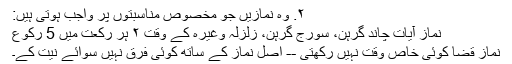
۲. وہ نمازیں جو مخصوص مناسبتوں پر واجب ہوتی ہیں:
نماز آیات چاند گرہن، سورج گرہن، زلزلہ وغیرہ کے وقت ۲ ہر رکعت میں 5 رکوع
نماز قضا کوئی خاص وقت نہیں رکھتی -- اصل نماز کے ساتھ کوئی فرق نہیں سوائے نیت کے۔